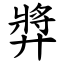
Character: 㢡